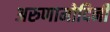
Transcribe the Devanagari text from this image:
अरुणामोदिनी